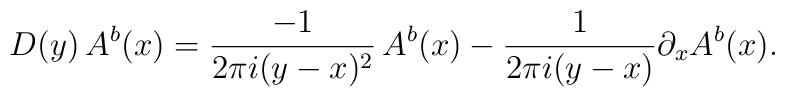
D(y)\, A^b(x) = {-1 \over 2 \pi i (y-x)^2} \, A^b(x) - {1\over2 \pi i (y-x)}\partial_x A^b(x).